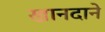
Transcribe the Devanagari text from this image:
खानदाने